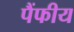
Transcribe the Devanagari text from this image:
पैंफीय